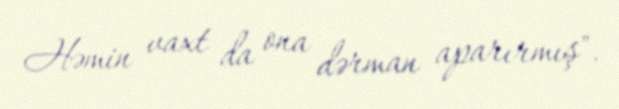
Həmin vaxt da ona dərman aparırmış".